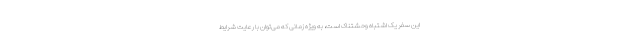
این سفر یک اشتباه وحشتناک است، به ویژه زمانی که می‌توان با رعایت شرایط